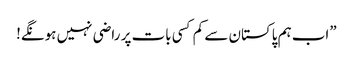
”اب ہم پاکستان سے کم کسی بات پر راضی نہیں ہونگے!